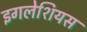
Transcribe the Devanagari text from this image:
इगलेशियस